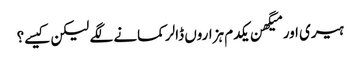
ہیری اور میگھن یکدم ہزاروں ڈالر کمانے لگے لیکن کیسے؟